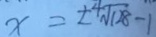
x = \pm \sqrt [ 4 ] { 1 2 8 } - 1